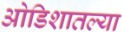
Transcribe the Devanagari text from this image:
ओडिशातल्या